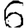
Digit: 6